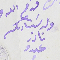
ولد سَيادكم نادر عبدو